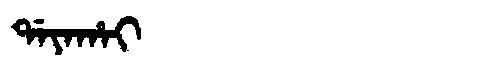
Manchu: ᡩᠠᠶᠠᡥᠠᡳ
Romanization: DAYAHAI